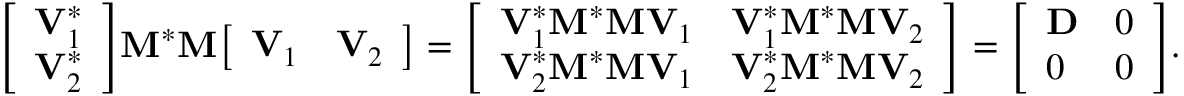
{ \left[ \begin{array} { l } { \mathbf { V } _ { 1 } ^ { * } } \\ { \mathbf { V } _ { 2 } ^ { * } } \end{array} \right] } \mathbf { M } ^ { * } \mathbf { M } { \left[ \begin{array} { l l } { \mathbf { V } _ { 1 } } & { \mathbf { V } _ { 2 } } \end{array} \right] } = { \left[ \begin{array} { l l } { \mathbf { V } _ { 1 } ^ { * } \mathbf { M } ^ { * } \mathbf { M } \mathbf { V } _ { 1 } } & { \mathbf { V } _ { 1 } ^ { * } \mathbf { M } ^ { * } \mathbf { M } \mathbf { V } _ { 2 } } \\ { \mathbf { V } _ { 2 } ^ { * } \mathbf { M } ^ { * } \mathbf { M } \mathbf { V } _ { 1 } } & { \mathbf { V } _ { 2 } ^ { * } \mathbf { M } ^ { * } \mathbf { M } \mathbf { V } _ { 2 } } \end{array} \right] } = { \left[ \begin{array} { l l } { \mathbf { D } } & { 0 } \\ { 0 } & { 0 } \end{array} \right] } .